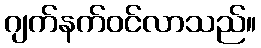
ဂျက်နက်ဝင်လာသည်။